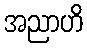
အညာဟိ